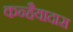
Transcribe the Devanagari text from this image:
कन्हैयादास